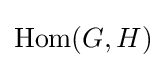
\operatorname {Hom} (G,H)